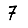
Digit: 7